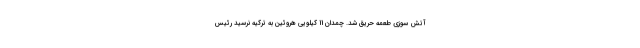
آتش سوزی طعمه حریق شد. چمدان 11 کیلویی هروئین به ترکیه نرسید رئیس